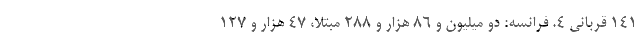
۱۴۱ قربانی ۴. فرانسه: دو میلیون و ۸۶ هزار و ۲۸۸ مبتلا، ۴۷ هزار و ۱۲۷